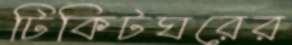
টিকিটঘরের